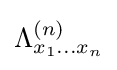
\Lambda _{x_{1}...x_{n}}^{(n)}